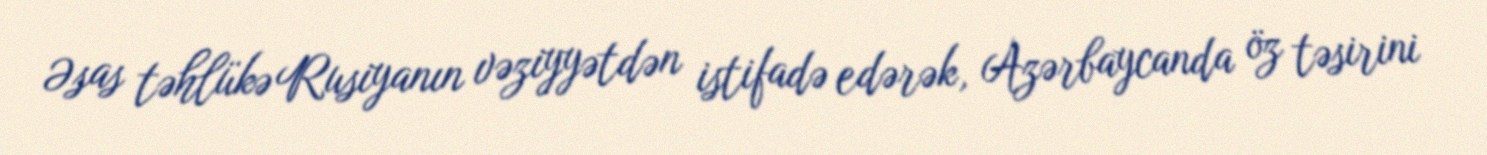
Əsas təhlükə Rusiyanın vəziyyətdən istifadə edərək, Azərbaycanda öz təsirini